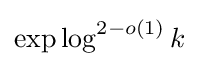
\exp \log ^{2-o(1)}k